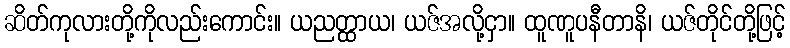
ဆိတ်ကုလားတို့ကိုလည်းကောင်း။ ယညတ္ထာယ၊ ယဇ်အလို့ငှာ။ ထူဏူပနီတာနိ၊ ယဇ်တိုင်တို့ဖြင့်